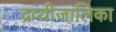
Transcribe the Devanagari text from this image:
द्रव्यीजालिका